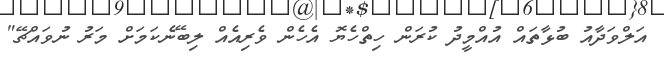
އަލްވަދާއު ބުޅާތައް އުއްމީދު ކުރަން ހިތްހެޔޮ އެހެން ވެރިއެއް ލިބޭނެކަމަށް މަރު ނުވައްޗޭ"